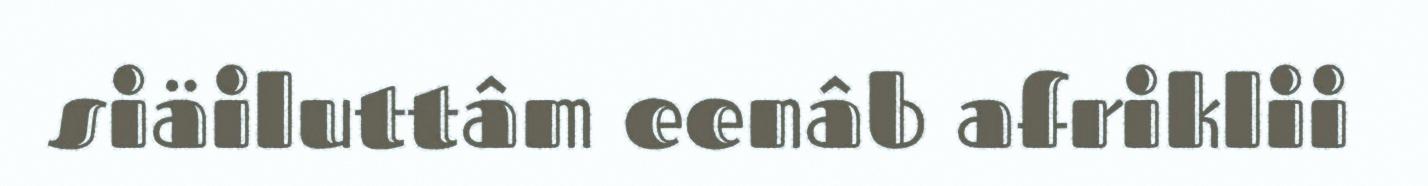
siäiluttâm eenâb afriklii